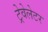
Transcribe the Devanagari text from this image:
ट्रेवेलेटर